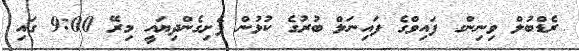
ރެޑްބުލް ވިނިންގ ފައިވްގެ ފައިނަލް ބުރުގެ ކުޅުން ފެށިގެންދިޔައީ މިރޭ 9:00 ގައި